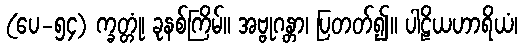
(ပေ-၅၄) က္ခတ္တုံ၊ ခုနစ်ကြိမ်။ အဗ္ဗုဂန္တာ၊ ပြတတ်၍။ ပါဠိယဟာရိယံ၊